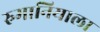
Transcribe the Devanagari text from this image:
रुमानियाला